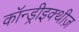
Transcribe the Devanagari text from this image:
कॉन्ड्रीइक्थीज़